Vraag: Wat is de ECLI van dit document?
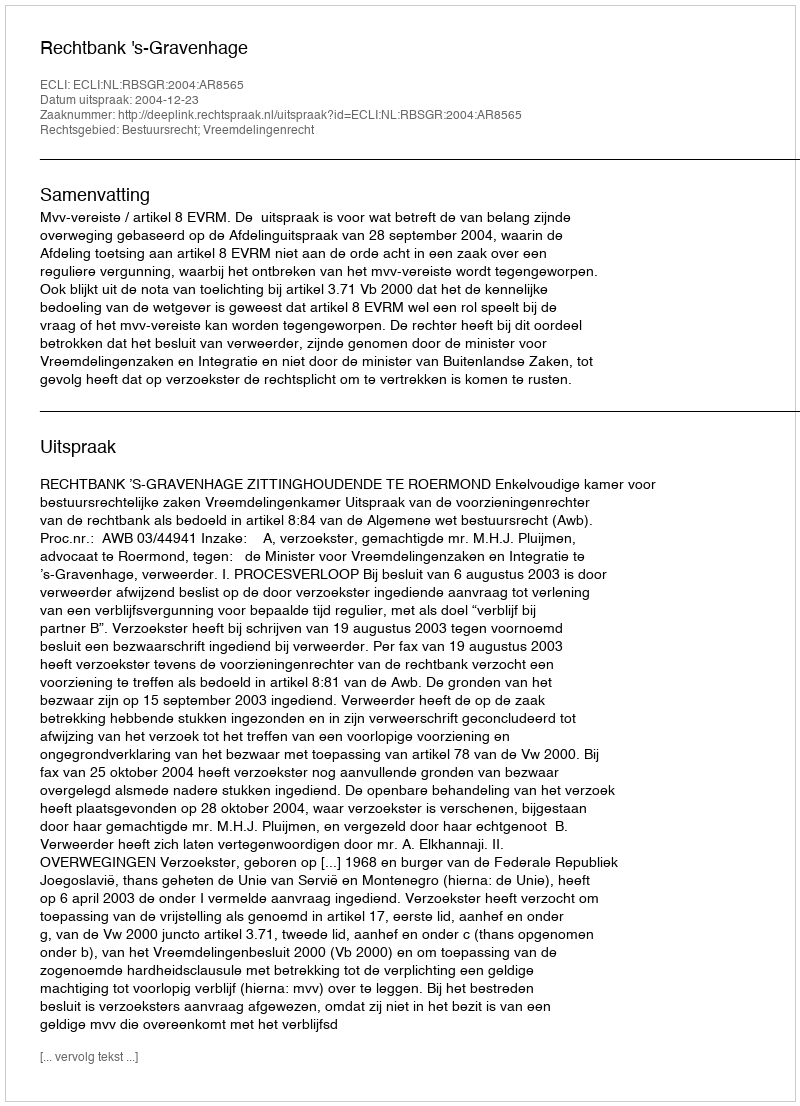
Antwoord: ECLI:NL:RBSGR:2004:AR8565